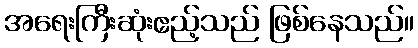
အရေးကြီးဆုံးဧည့်သည် ဖြစ်နေသည်။